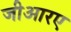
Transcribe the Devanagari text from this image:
जीआरए